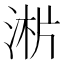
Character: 𣶁